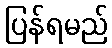
ပြန်ရမည်